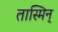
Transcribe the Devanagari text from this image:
तास्मिन्